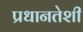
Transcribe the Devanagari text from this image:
प्रधानतेशी